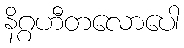
နိဂ္ဂဟီတလောပေါ